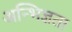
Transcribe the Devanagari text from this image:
अन्भिज्ञता